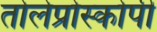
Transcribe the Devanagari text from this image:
तोलेप्रोस्कोपी